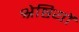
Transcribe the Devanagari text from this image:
श्रेष्ठियों